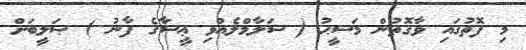
މި ފޮތުގައި ވާގޮތުން މަސީޙު ( ސަލާމްލެއްވި ޢީސާގެ ފާނު ) ޞަލީބަށް